Elephants and their diseases
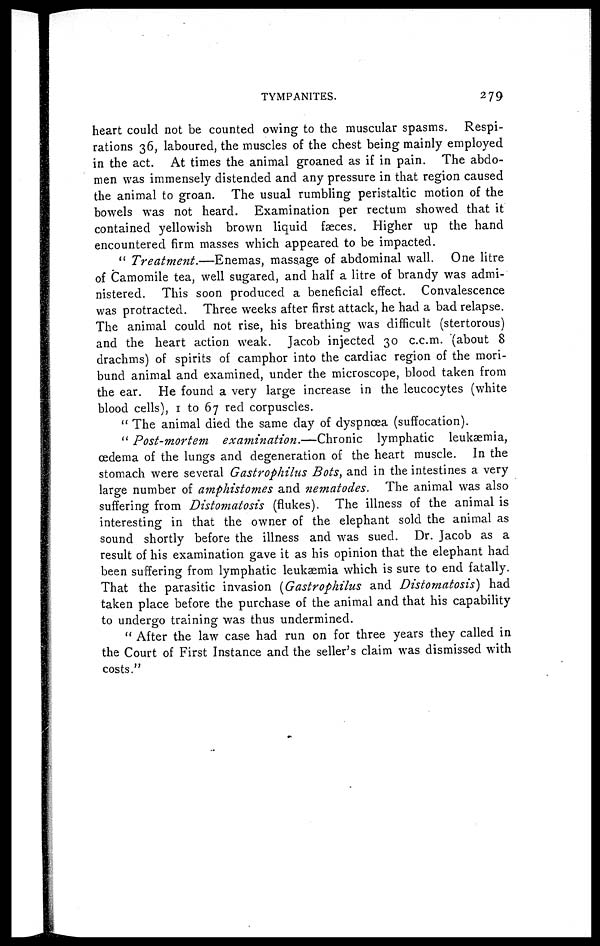
TYMPANITES.
279
heart could not be counted owing to the muscular spasms. Respi-
rations 36, laboured, the muscles of the chest being mainly employed
in the act. At times the animal groaned as if in pain. The abdo-
men was immensely distended and any pressure in that region caused
the animal to groan. The usual rumbling peristaltic motion of the
bowels was not heard. Examination per rectum showed that it
contained yellowish brown liquid faeces. Higher up the hand
encountered firm masses which appeared to be impacted.
" Treatment.—Enemas,
massage of abdominal wall. One litre
of Camomile tea, well sugared, and half a litre of brandy was admi-
nistered. This soon produced a beneficial effect. Convalescence
was protracted. Three weeks after first attack, he had a bad relapse.
The animal could not rise, his breathing was difficult (stertorous)
and the heart action weak. Jacob injected 30 c.c.m. (about 8
drachms) of spirits of camphor into the cardiac region of the mori-
bund animal and examined, under the microscope, blood taken from
the ear. He found a very large increase in the leucocytes (white
blood cells), 1 to 67 red corpuscles.
" The animal died the same day of dyspnoea (suffocation).
" Post-mortem
examination.—Chronic
lymphatic leukaemia,
oedema of the lungs and degeneration of the heart muscle. In the
stomach were several Gastrophilus Bots, and in the intestines a very
large number of amphistomes and nematodes.
The animal was also
suffering from Distomatosis (flukes). The illness of the animal is
interesting in that the owner of the elephant sold the animal as
sound shortly before the illness and was sued. Dr. Jacob as a
result of his examination gave it as his opinion that the elephant had
been suffering from lymphatic leukaemia which is sure to end fatally
That the parasitic invasion (Gastrophilus and Distomatosis) had
taken place before the purchase of the animal and that his capability
to undergo training was thus undermined.
" After the law case had run on for three years they called in
the Court of First Instance and the seller's claim was dismissed with
costs."